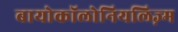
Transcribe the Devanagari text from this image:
बायोकॉलोनियलिज़्म